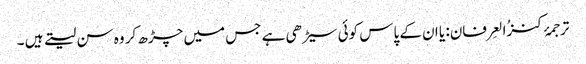
ترجمۂ کنزُالعِرفان: یا ان کے پاس کوئی سیڑھی ہے جس میں چڑھ کر وہ سن لیتے ہیں ۔